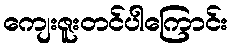
ကျေးဇူးတင်ပါကြောင်း